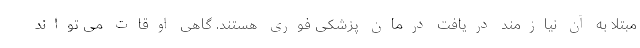
مبتلا به آن نیازمند دریافت درمان پزشکی فوری هستند. گاهی اوقات می تواند